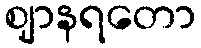
ဈာနရတော